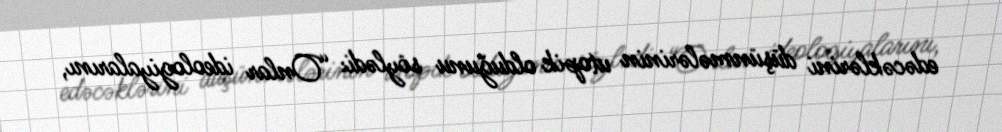
edəcəklərini düşünmələrinin utopik olduğunu söylədi: “Onlar ideologiyalarını,